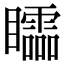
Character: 𥌼